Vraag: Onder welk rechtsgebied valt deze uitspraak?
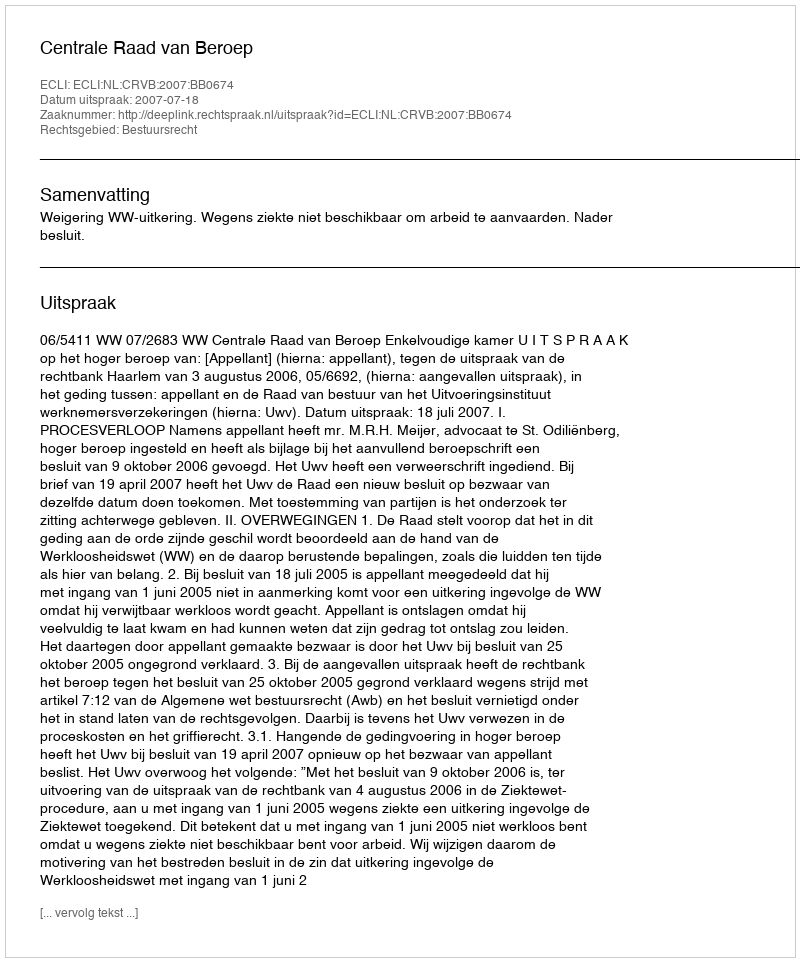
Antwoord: Bestuursrecht